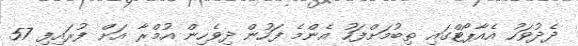
ދެދުވަހު އެއާޕޯޓްގައި ތިބުމަށްފަހު އެންމެ ފަހުން ދިވެހިން އުމްރާ އަށް ފުރައިފި 57